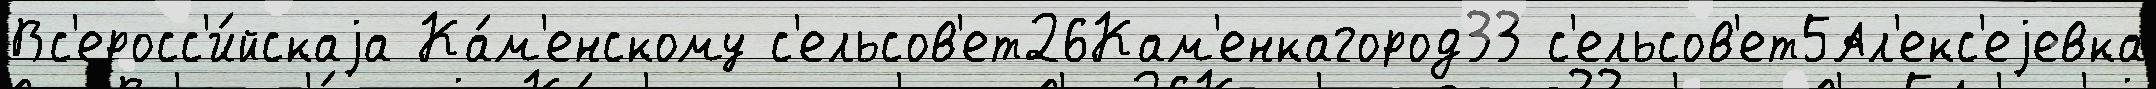
Вс'еросс'и́йскаjа Ка́м'енскому с'ельсов'ет26Кам'енкагород33 с'ельсов'ет5Ал'екс'еjевка